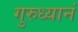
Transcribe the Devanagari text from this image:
गुरुध्यानं